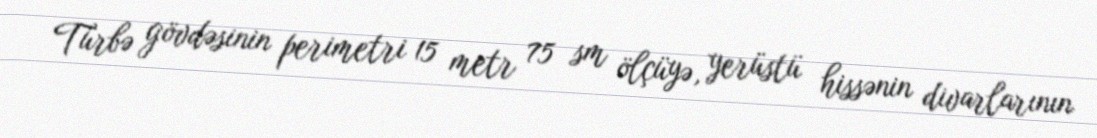
Türbə gövdəsinin perimetri 15 metr 75 sm ölçüyə, yerüstü hissənin divarlarının